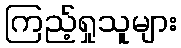
ကြည့်ရှုသူများ